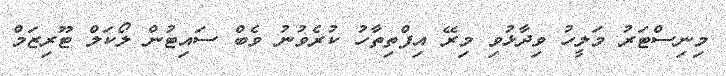
މިނިސްޓަރު މަލީހު ވިދާޅުވި މިރޭ އިފްތިތާހު ކުރެވުނު ވެބް ސައިޓުން ލޯކަލް ޓޫރިޒަމް